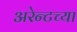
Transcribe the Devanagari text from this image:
अरेन्टच्या